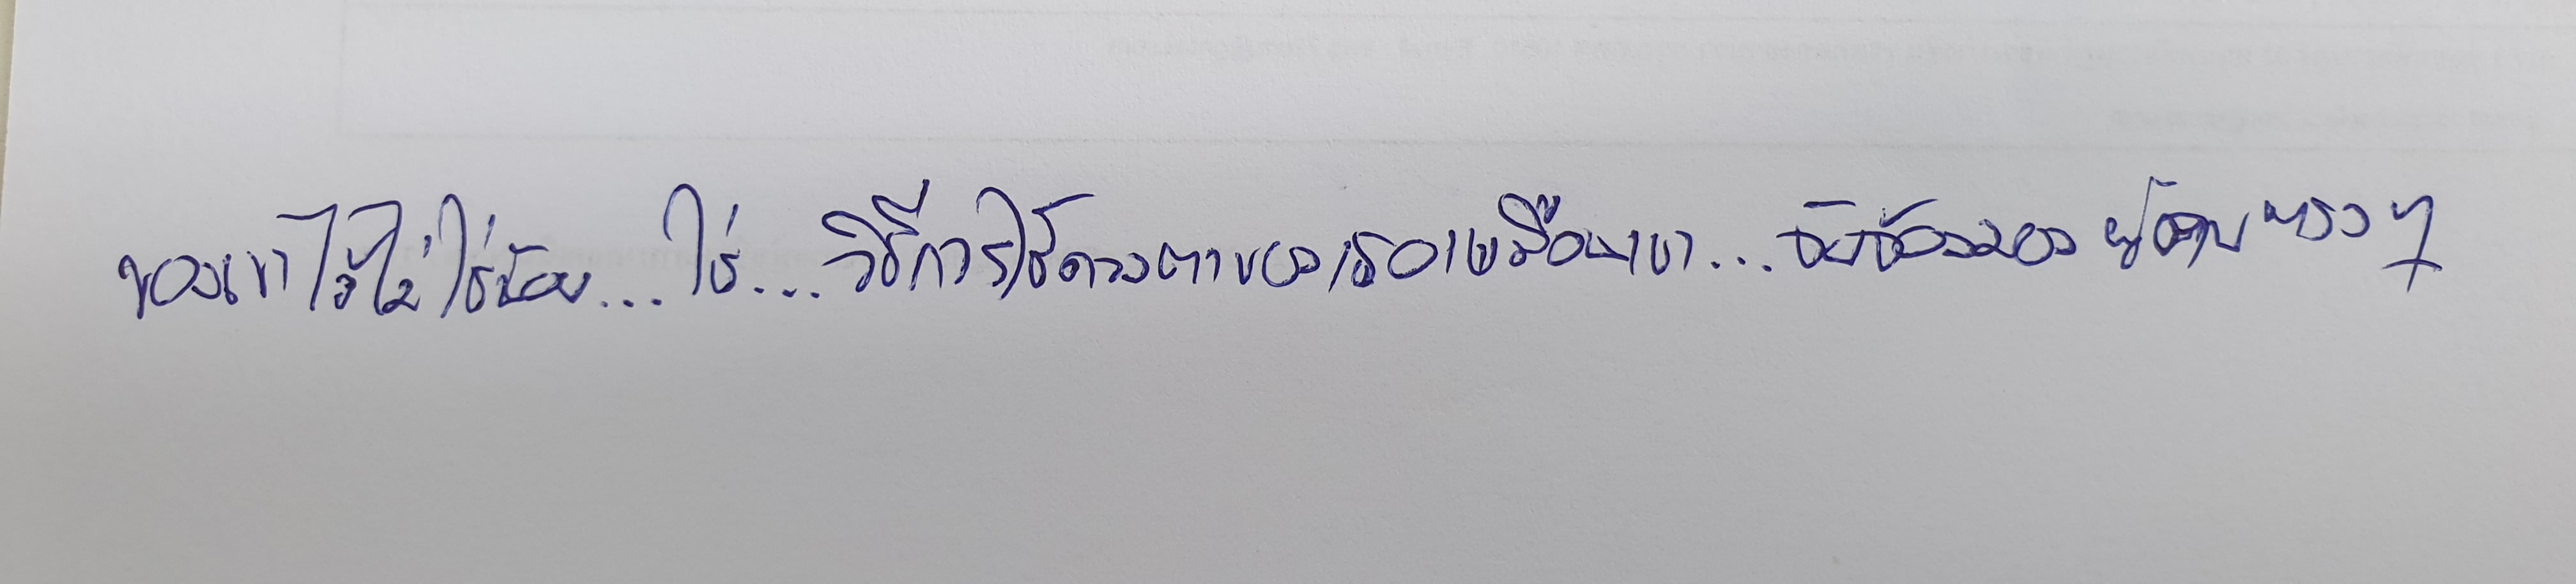
ของเขาไว้ไม่ใช่น้อย...ใช่...วิธีการใช้ดวงตาของเธอเหมือนเขา...จับจ้องมองผู้คนตรงๆ